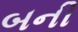
બની